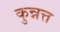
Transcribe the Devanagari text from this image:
कुन्नत्त